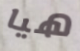
هيا